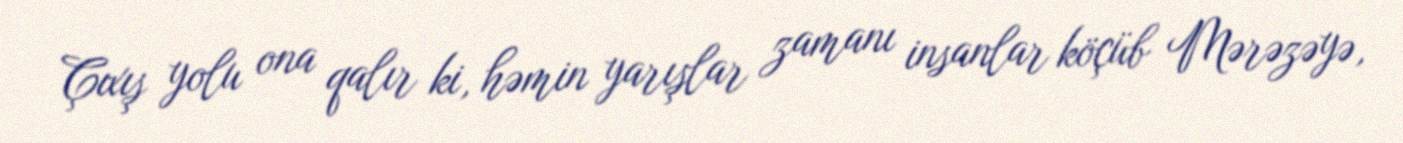
Çıxış yolu ona qalır ki, həmin yarışlar zamanı insanlar köçüb Mərəzəyə,